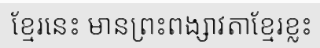
ខ្មែរនេះ មានព្រះពង្សាវតាខ្មែរខ្លះ